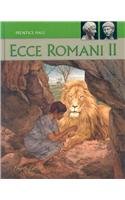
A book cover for ECCE ROMANI 09 LEVEL 2 SE; PRENTICE HALL; Teen & Young Adult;